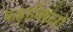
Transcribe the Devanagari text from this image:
कहानिकारों